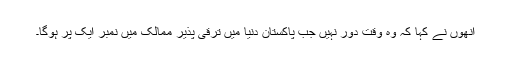
انھوں نے کہا کہ وہ وقت دور نہیں جب پاکستان دنیا میں ترقی پذیر ممالک میں نمبر ایک پر ہوگا۔